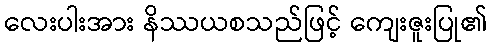
လေးပါးအား နိဿယစသည်ဖြင့် ကျေးဇူးပြု၏